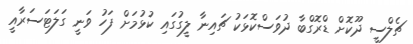
ޗެލްސީ ދޫކޮށް ޑްރޮގްބާ ދުވަސްކޮޅަކު ޗައިނާ ލީގުގައި ކުޅުމަށް ފަހު ވަނީ ގަލަޓަސަރާއީ